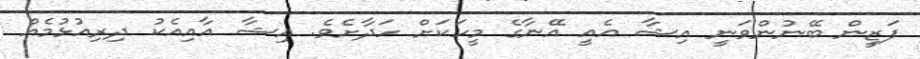
ފަޒީން ބޭނުންވަނީ އިޝާ އެއީ އޭނާގެ މީހަކަށް ހަދާށެވެ. އިޝާ އާއިއެކު ދިރިއުޅުމެއް